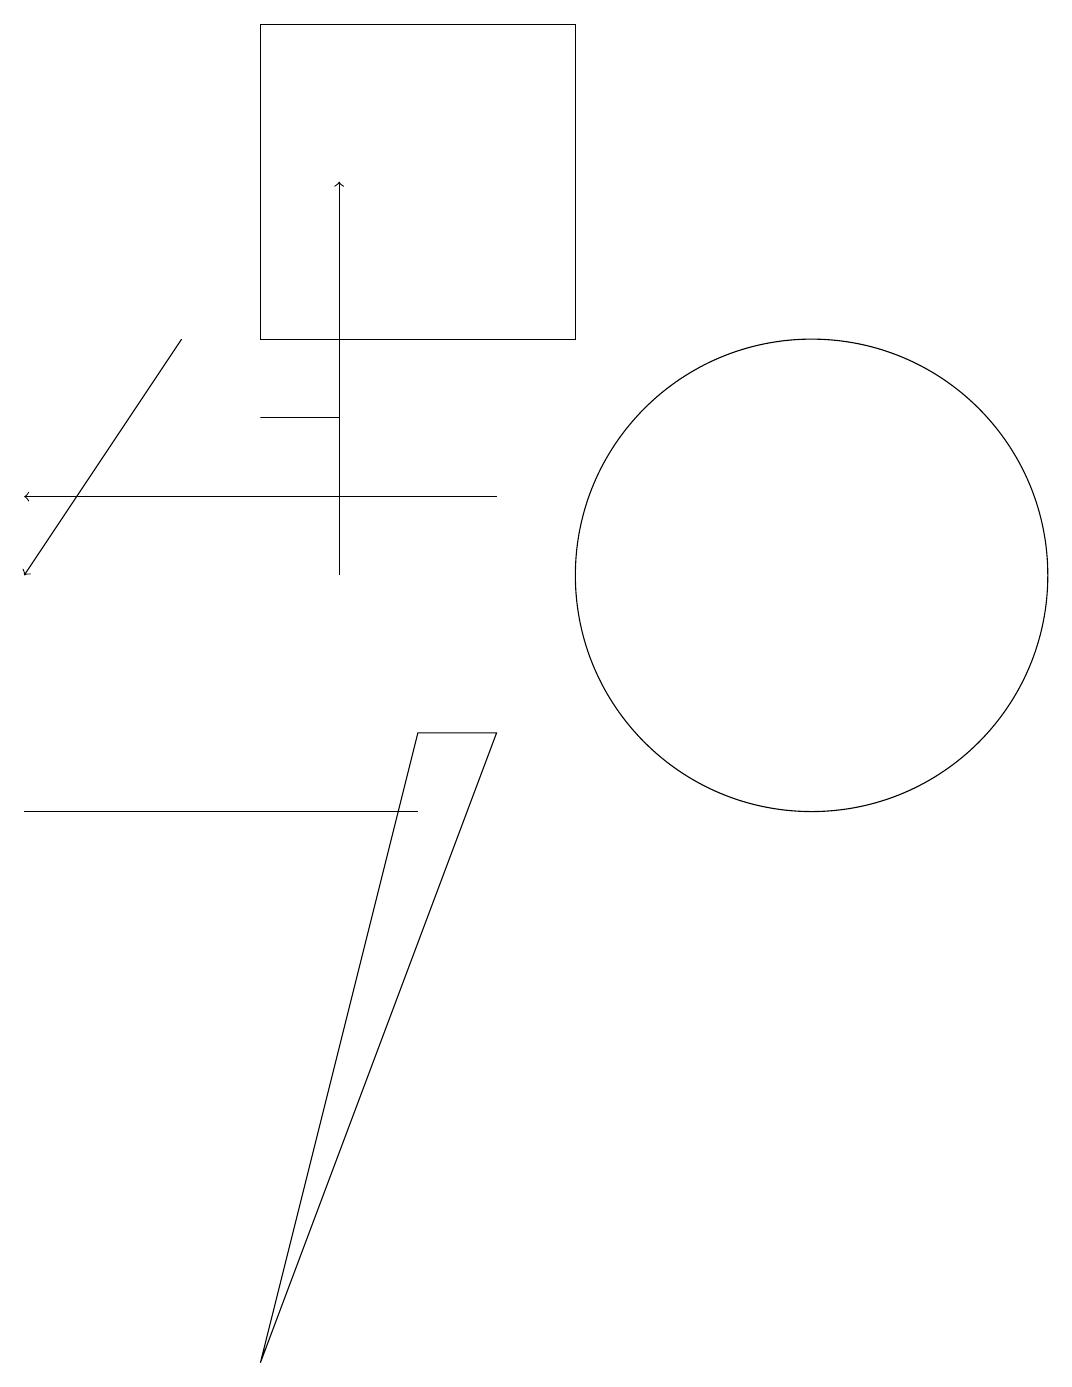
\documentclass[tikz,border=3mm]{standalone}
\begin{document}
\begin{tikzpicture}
\draw (7,8) -- (8,8) -- (5,0) -- cycle;
\draw[->] (8,11) -- (2,11);
\draw[->] (4,13) -- (2,10);
\draw (9,17) rectangle (5,13);
\draw (6,12) rectangle (5,12);
\draw[->] (6,10) -- (6,15);
\draw (12,10) circle (3);
\draw (2,7) -- (7,7) -- (7,7) -- cycle;
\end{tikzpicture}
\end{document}